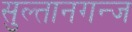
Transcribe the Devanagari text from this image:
सुल्तानगन्ज